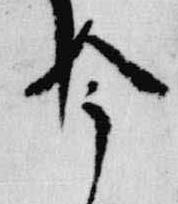
今